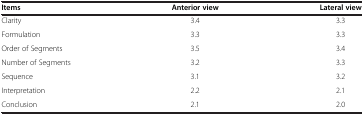
<table><thead><tr><td><b>Items</b></td><td><b>Anterior view</b></td><td><b>Lateral view</b></td></tr></thead><tbody><tr><td>Clarity</td><td>3.4</td><td>3.3</td></tr><tr><td>Formulation</td><td>3.3</td><td>3.3</td></tr><tr><td>Order of Segments</td><td>3.5</td><td>3.4</td></tr><tr><td>Number of Segments</td><td>3.2</td><td>3.3</td></tr><tr><td>Sequence</td><td>3.1</td><td>3.2</td></tr><tr><td>Interpretation</td><td>2.2</td><td>2.1</td></tr><tr><td>Conclusion</td><td>2.1</td><td>2.0</td></tr></tbody></table>